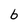
Character: 6